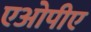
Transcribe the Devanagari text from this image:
एओपीए